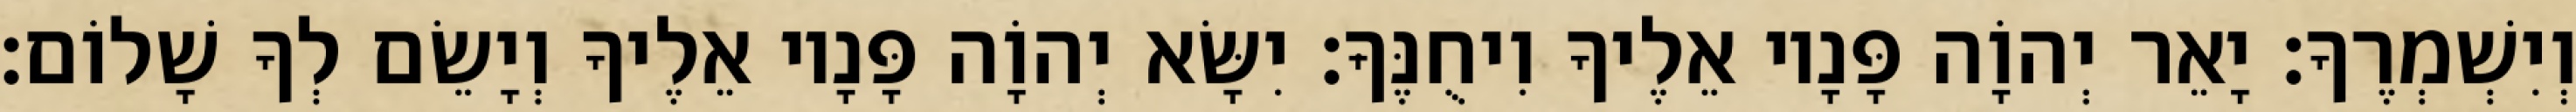
וְיִשְׁמְרֶךָ׃ יָאֵר יְהוָֹה פָּנָיו אֵלֶיךָ וִיחֻנֶּךָּ׃ יִשָּׂא יְהוָֹה פָּנָיו אֵלֶיךָ וְיָשֵׂם לְךָ שָׁלוֹם׃